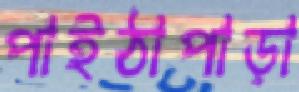
পাইঠাপাড়া